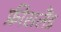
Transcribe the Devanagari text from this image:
फ्रीसलैंड